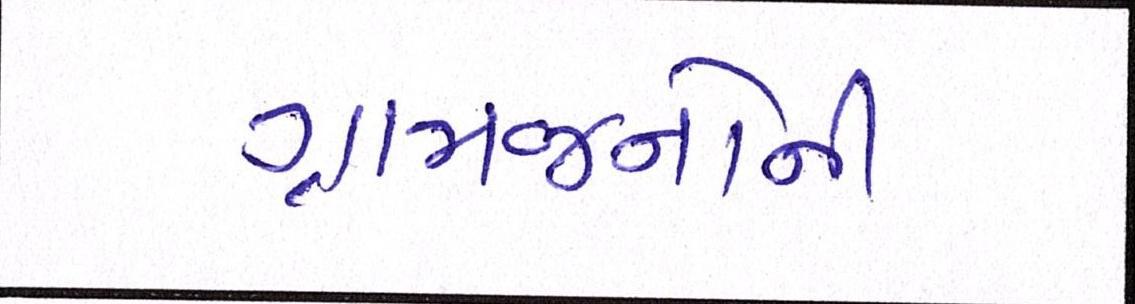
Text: ગ્રામજનોની